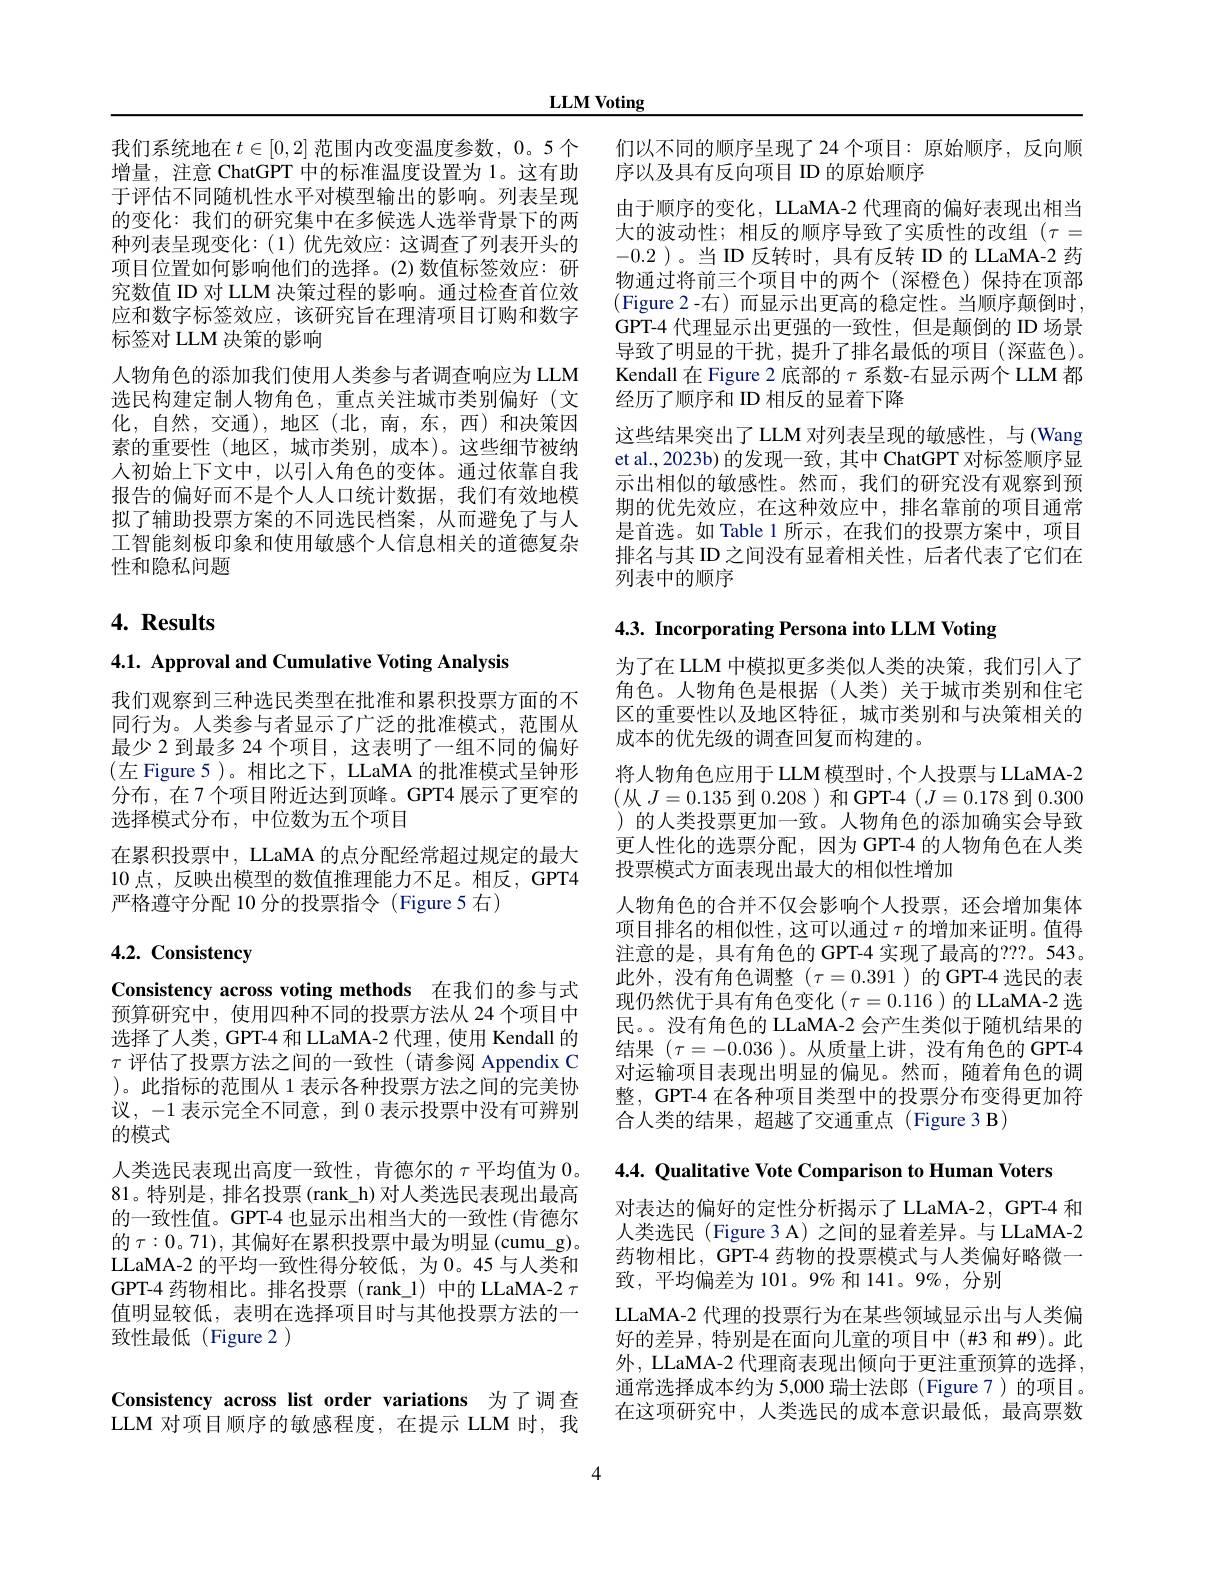
LLM Voting

我们系统地在$t\in[0,2]$范围内改变温度参数，0。5个增量，注意 ChatGPT 中的标准温度设置为 1。这有助于评估不同随机性水平对模型输出的影响。列表呈现的变化：我们的研究集中在多候选人选举背景下的两种列表呈现变化：(1)优先效应：这调查了列表开头的项目位置如何影响他们的选择。(2)数值标签效应：研究数值 ID 对 LLM 决策过程的影响。通过检查首位效应和数字标签效应，该研究旨在理清项目订购和数字标签对 LLM 决策的影响
人物角色的添加我们使用人类参与者调查响应为 LLM 选民构建定制人物角色，重点关注城市类别偏好(文化，自然，交通),地区(北，南，东，西)和决策因素的重要性(地区，城市类别，成本)。这些细节被纳人初始上下文中，以引入角色的变体。通过依靠自我报告的偏好而不是个人人口统计数据，我们有效地模拟了辅助投票方案的不同选民档案，从而避免了与人工智能刻板印象和使用敏感个人信息相关的道德复杂性和隐私问题

# 4. Results

4.1. Approval and Cumulative Voting Analysis

我们观察到三种选民类型在批准和累积投票方面的不同行为。人类参与者显示了广泛的批准模式，范围从最少 2 到最多 24 个项目，这表明了一组不同的偏好(左 Figure 5)。相比之下，LLaMA 的批准模式呈钟形分布，在7个项目附近达到顶峰。GPT4 展示了更窄的选择模式分布，中位数为五个项目
在累积投票中，LLaMA 的点分配经常超过规定的最大10 点 , 反映出模型的数值推理能力不足。相反 , GPT4严格遵守分配 10 分的投票指令 (Figure 5 右)

## 4.2. Consistency

Consistency across voting methods 在我们的参与式预算研究中，使用四种不同的投票方法从 24 个项目中选择了人类，GPT-4 和 LLaMA-2 代理，使用 Kendall 的$\tau$评估了投票方法之间的一致性(请参阅 Appendix C )。此指标的范围从 1 表示各种投票方法之间的完美协议，-1 表示完全不同意，到 0 表示投票中没有可辨别的模式
人类选民表现出高度一致性，肯德尔的$\tau$平均值为 0。81。特别是，排名投票 (rank\_h) 对人类选民表现出最高的一致性值。GPT-4 也显示出相当大的一致性 (肯德尔的$\tau:0$。71),其偏好在累积投票中最为明显(cumu\_g)。LLaMA-2 的平均一致性得分较低，为 0。45 与人类和GPT-4 药物相比。排名投票 (rank\_1) 中的 LLaMA-2 $\tau$ 值明显较低，表明在选择项目时与其他投票方法的一致性最低 (Figure 2 )

Consistency across list order variations 为了调查LLM 对项目顺序的敏感程度，在提示 LLM 时，我

们以不同的顺序呈现了 24 个项目：原始顺序，反向顺
序以及具有反向项目 ID 的原始顺序
由于顺序的变化，LLaMA-2 代理商的偏好表现出相当大的波动性；相反的顺序导致了实质性的改组($\tau=$ -0.2 )。当 ID 反转时，具有反转 ID 的 LLaMA-2 药物通过将前三个项目中的两个(深橙色)保持在顶部(Figure 2-右)而显示出更高的稳定性。当顺序颠倒时， GPT-4 代理显示出更强的一致性，但是颠倒的 ID 场景导致了明显的干扰，提升了排名最低的项目(深蓝色)。Kendall 在 Figure 2 底部的$\tau$系数-右显示两个 LLM 都经历了顺序和 ID 相反的显着下降
这些结果突出了LLM 对列表呈现的敏感性，与(Wang et al., 2023b) 的发现一致，其中 ChatGPT 对标签顺序显示出相似的敏感性。然而，我们的研究没有观察到预期的优先效应，在这种效应中，排名靠前的项目通常是首选。如 Table 1 所示，在我们的投票方案中，项目排名与其 ID 之间没有显着相关性，后者代表了它们在列表中的顺序

4.3. Incorporating Persona into LLM Voting

为了在 LLM 中模拟更多类似人类的决策，我们引人了角色。人物角色是根据(人类)关于城市类别和住宅区的重要性以及地区特征，城市类别和与决策相关的成本的优先级的调查回复而构建的。
将人物角色应用于LLM 模型时，个人投票与 LLaMA-2 (从$J=0.135$到0.208 )和 GPT-4 $(J=0.178$到0.300 )的人类投票更加一致。人物角色的添加确实会导致更人性化的选票分配，因为 GPT-4 的人物角色在人类投票模式方面表现出最大的相似性增加
人物角色的合并不仅会影响个人投票，还会增加集体项目排名的相似性，这可以通过$\tau$的增加来证明。值得注意的是，具有角色的 GPT-4 实现了最高的？??。543。此外，没有角色调整($\tau=0.391$)的GPT-4 选民的表现仍然优于具有角色变化($\tau=0.116$)的 LLaMA-2 选民。没有角色的 LLaMA-2 会产生类似于随机结果的结果$(\tau=-0.036$ )。从质量上讲，没有角色的 GPT-4对运输项目表现出明显的偏见。然而，随着角色的调整，GPT-4 在各种项目类型中的投票分布变得更加符合人类的结果，超越了交通重点(Figure 3 B)

4.4. Qualitative Vote Comparison to Human Voters

对表达的偏好的定性分析揭示了 LLaMA-2, GPT-4 和人类选民 (Figure 3 A) 之间的显着差异。与 LLaMA-2药物相比，GPT-4 药物的投票模式与人类偏好略微一致，平均偏差为 101。9% 和 141。9%, 分别

LLaMA-2 代理的投票行为在某些领域显示出与人类偏好的差异，特别是在面向儿童的项目中(#3 和#9)。此外，LLaMA-2 代理商表现出倾向于更注重预算的选择， 通常选择成本约为 5,000 瑞士法郎 (Figure 7)的项目。在这项研究中，人类选民的成本意识最低，最高票数